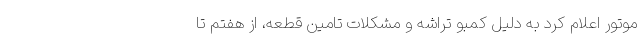
موتور اعلام کرد به دلیل کمبو تراشه و مشکلات تامین قطعه، از هفتم تا